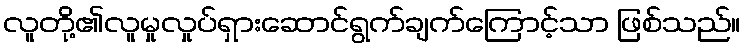
လူတို့၏လူမှုလှုပ်ရှားဆောင်ရွက်ချက်ကြောင့်သာ ဖြစ်သည်။